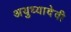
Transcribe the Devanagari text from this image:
अयुध्यादेवी